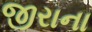
જીરાના